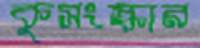
কুসংস্কার